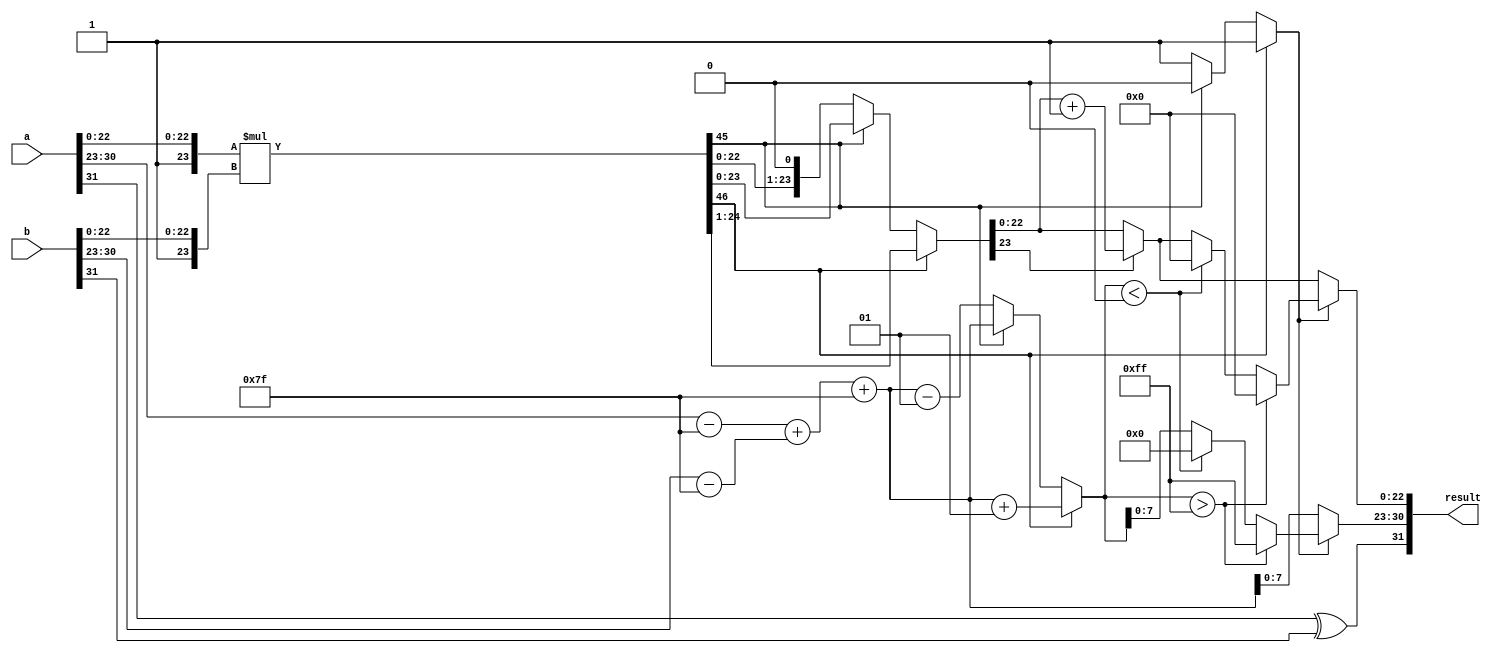
module radix2_fp_multiplier (
    input  wire [31:0] a, // First floating-point number
    input  wire [31:0] b, // Second floating-point number
    output reg  [31:0] result // Resulting floating-point number
);

    // Extract sign, exponent, and significand from the inputs
    wire sign_a = a[31];
    wire sign_b = b[31];
    wire [7:0] exp_a = a[30:23];
    wire [7:0] exp_b = b[30:23];
    wire [22:0] sig_a = a[22:0];
    wire [22:0] sig_b = b[22:0];

    // Adjusted exponents (subtracting bias)
    wire signed [8:0] adjusted_exp_a = {1'b0, exp_a} - 9'd127;
    wire signed [8:0] adjusted_exp_b = {1'b0, exp_b} - 9'd127;

    // Result sign
    wire result_sign = sign_a ^ sign_b;

    // Multiplication of significands (including implicit leading 1)
    wire [46:0] mul_a = {1'b1, sig_a}; // 1.M_a
    wire [46:0] mul_b = {1'b1, sig_b}; // 1.M_b
    wire [46:0] significand_product = mul_a * mul_b;

    // Initial exponent calculation
    wire signed [8:0] initial_exp_result = adjusted_exp_a + adjusted_exp_b + 9'd127;

    // Normalization
    reg [46:0] normalized_sig;
    reg signed [8:0] final_exp_result;
    reg normalization_done;

    // Normalization logic
    always @* begin
        normalization_done = 0;
        normalized_sig = significand_product;

        if (significand_product[46]) begin
            // Product >= 2, right shift
            normalized_sig = significand_product >> 1;
            final_exp_result = initial_exp_result + 1;
            normalization_done = 1;
        end else if (!significand_product[45]) begin
            // Product < 1, left shift
            normalized_sig = significand_product << 1;
            final_exp_result = initial_exp_result - 1;
            normalization_done = 1;
        end else begin
            // Already normalized
            final_exp_result = initial_exp_result;
        end
    end

    // Rounding logic (round to nearest)
    reg [22:0] rounded_sig;
    always @* begin
        if (normalized_sig[23]) begin
            // Round up if the 23rd bit is set
            rounded_sig = normalized_sig[22:0] + 1;
        end else begin
            rounded_sig = normalized_sig[22:0];
        end
    end

    // Assemble final result
    always @* begin
        result[31] = result_sign;
        if (normalization_done) begin
            // Check for overflow in exponent
            if (final_exp_result > 8'd255) begin
                result[30:23] = 8'd255; // Infinity
                result[22:0] = 23'b0;    // Significand = 0
            end else if (final_exp_result < 9'd0) begin
                result[30:23] = 8'b0;    // Underflow
                result[22:0] = 23'b0;    // Significand = 0
            end else begin
                result[30:23] = final_exp_result[7:0];
                result[22:0] = rounded_sig;
            end
        end else begin
            result[30:23] = initial_exp_result[7:0];
            result[22:0] = rounded_sig;
        end
    end

endmodule